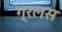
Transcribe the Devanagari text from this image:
ग्रलस